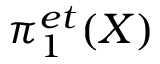
\pi _ { 1 } ^ { e t } ( X )